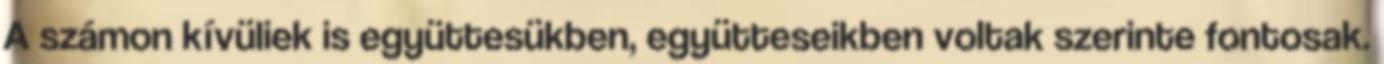
A számon kívüliek is együttesükben, együtteseikben voltak szerinte fontosak.